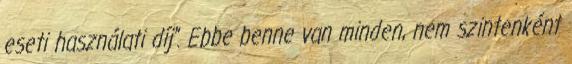
eseti használati díj”. Ebbe benne van minden, nem szintenként